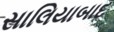
સાલિયાબાદ